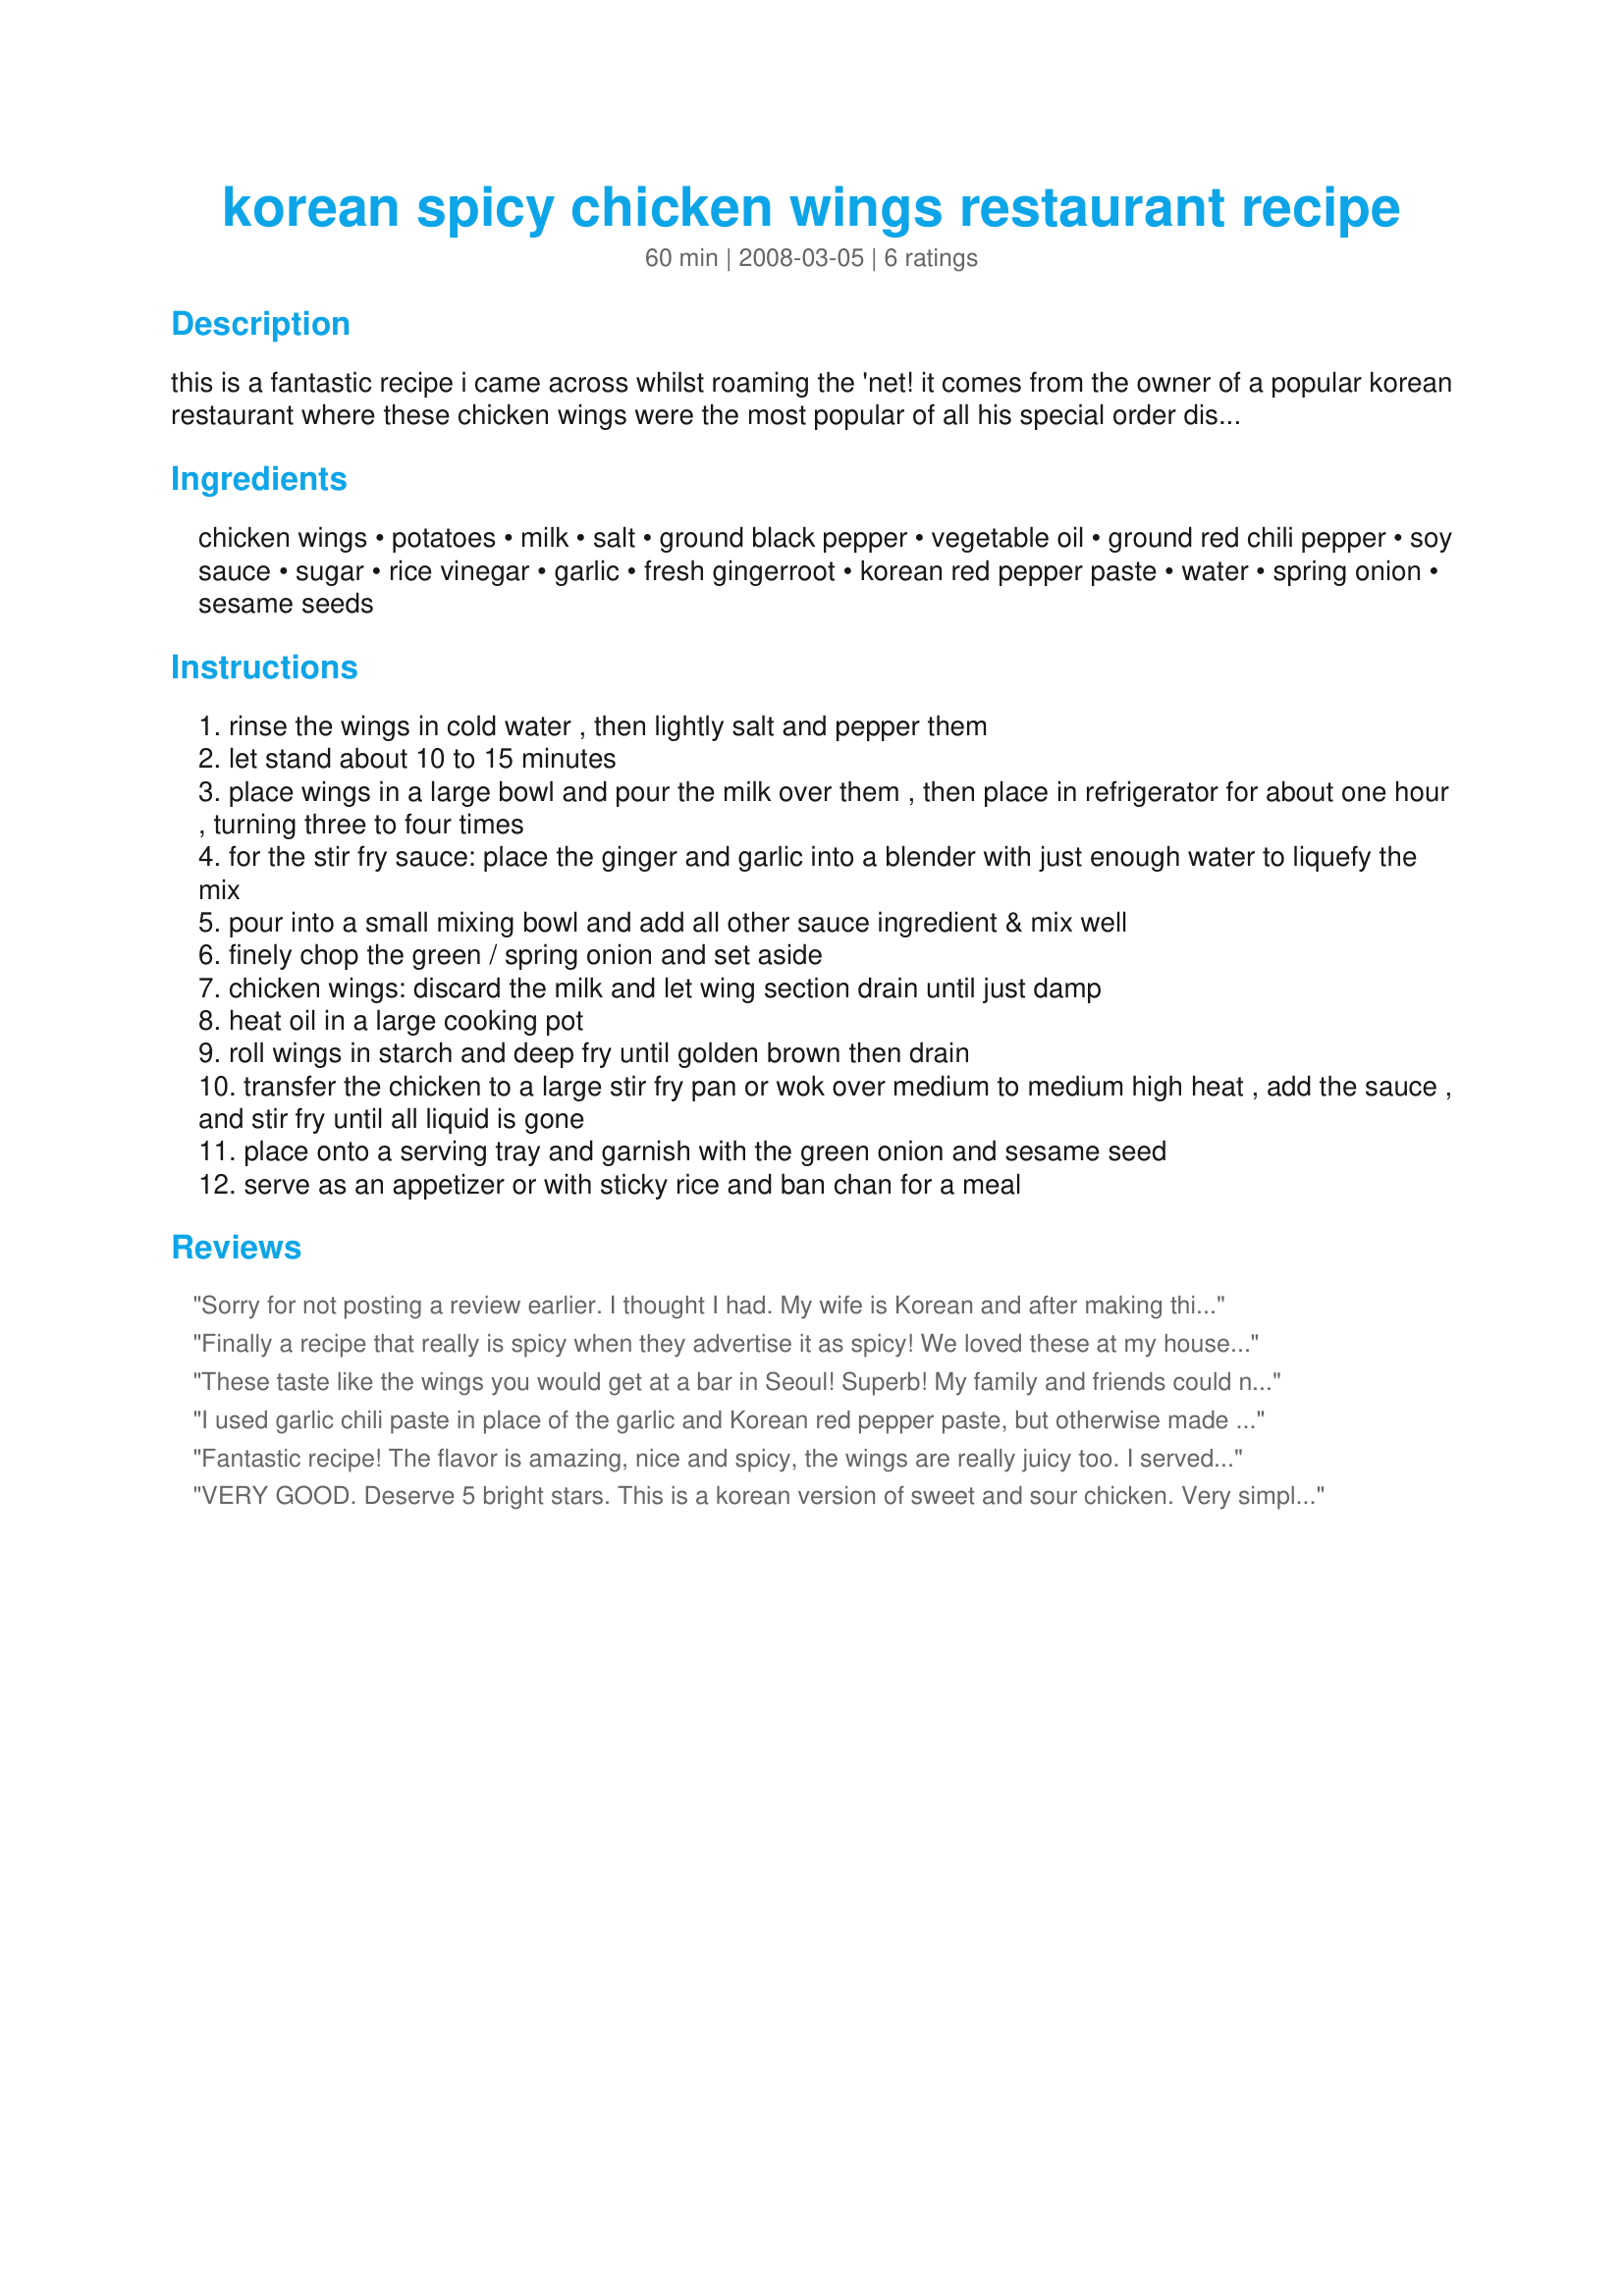
korean spicy chicken wings restaurant recipe
Preparation time: 60 minutes

this is a fantastic recipe i came across whilst roaming the 'net! it comes from the owner of a popular korean restaurant where these chicken wings were the most popular of all his special order dishes. time to make doesn't include chilling time.

Ingredients:
chicken wings, potatoes, milk, salt, ground black pepper, vegetable oil, ground red chili pepper, soy sauce, sugar, rice vinegar, garlic, fresh gingerroot, korean red pepper paste, water, spring onion, sesame seeds

Steps:
rinse the wings in cold water , then lightly salt and pepper them
let stand about 10 to 15 minutes
place wings in a large bowl and pour the milk over them , then place in refrigerator for about one hour , turning three to four times
for the stir fry sauce: place the ginger and garlic into a blender with just enough water to liquefy the mix
pour into a small mixing bowl and add all other sauce ingredient & mix well
finely chop the green / spring onion and set aside
chicken wings: discard the milk and let wing section drain until just damp
heat oil in a large cooking pot
roll wings in starch and deep fry until golden brown then drain
transfer the chicken to a large stir fry pan or wok over medium to medium high heat , add the sauce , and stir fry until all liquid is gone
place onto a serving tray and garnish with the green onion and sesame seed
serve as an appetizer or with sticky rice and ban chan for a meal

Reviews:
Sorry for not posting a review earlier. I thought I had. My wife is Korean and after making this 4 times she admits that it is better than her's and even the restaurant's. Definitely deserving of 5 stars.
Finally a recipe that really is spicy when they advertise it as spicy! We loved these at my house but I would not serve them to anyone who doesn't like to breathe fire!
They were gobbled up in 5 minutes and I wished I'd tripled the recipe!
YUMMY! I made these for ZWT 4 and I'm so glad I did! I did not change anything about this recipe except I used black sesame seeds.
These taste like the wings you would get at a bar in Seoul! Superb! My family and friends could not eat them fast enough. This is going to be my stand-by party fare for sure!
I used garlic chili paste in place of the garlic and Korean red pepper paste, but otherwise made the same and they were awesome!
Fantastic recipe! The flavor is amazing, nice and spicy, the wings are really juicy too. I served them with steamed jasmine rice and edamame. I also want to try making them boneless too. Thank you very much for posting and I'm sure I'll be making this for a long time.
VERY GOOD. Deserve 5 bright stars. This is a korean version of sweet and sour chicken. Very simple and easy to make and yet it taste real good. Thank you for sharing.
